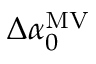
\Delta \alpha _ { 0 } ^ { \mathrm { M V } }